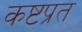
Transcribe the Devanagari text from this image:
कष्टप्रत